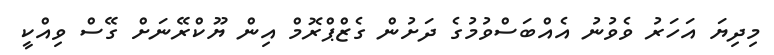
މިދިޔަ އަހަރު ވެވުނު އެއްބަސްވުމުގެ ދަށުން ގެޒްޕްރޮމް އިން ޔޫކްރޭނަށް ގޭސް ވިއްކީ